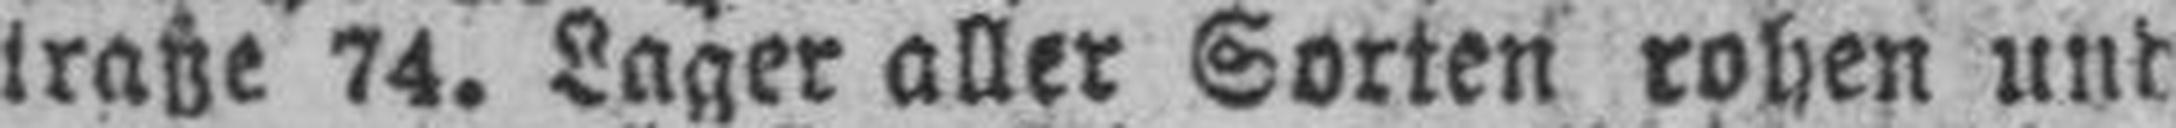
straße 74. Lager aller Sorten rohen und